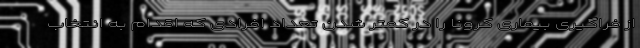
از فراگیری بیماری کرونا را در کمتر شدن تعداد افرادی که اقدام به انتخاب